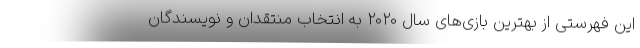
این فهرستی از بهترین بازی‌های سال ۲۰۲۰ به انتخاب منتقدان و نویسندگان